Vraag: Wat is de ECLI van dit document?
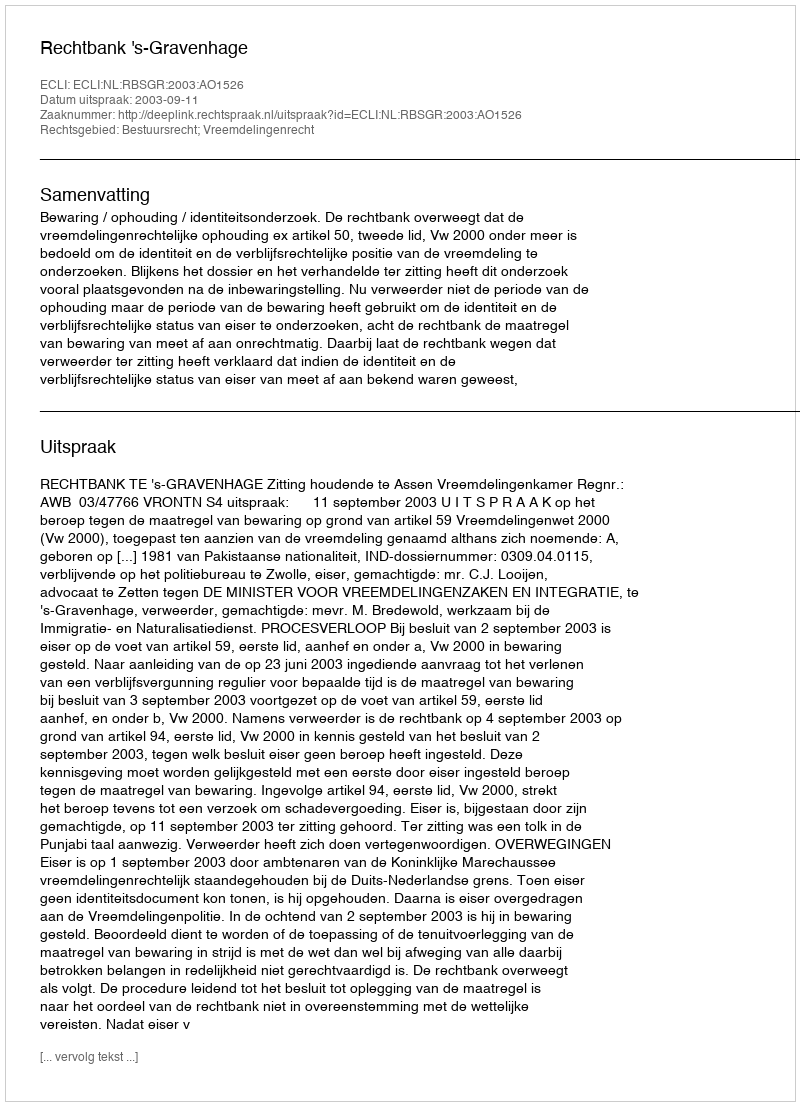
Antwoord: ECLI:NL:RBSGR:2003:AO1526